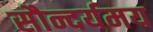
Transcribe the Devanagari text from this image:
सौन्दर्यमय